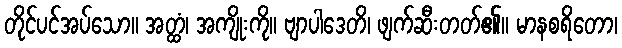
တိုင်ပင်အပ်သော။ အတ္ထံ၊ အကျိုးကို။ ဗျာပါဒေတိ၊ ဖျက်ဆီးတတ်၏။ မာနစရိတော၊